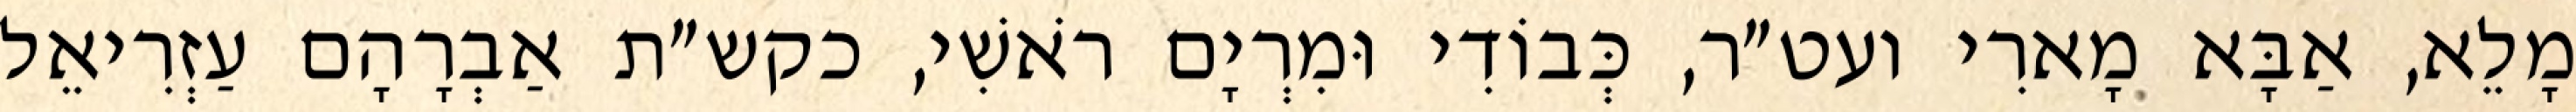
מָלֵא, אַבָּא מָארִי ועט״ר, כְּבוֹדִי וּמִרְיָם רֹאשִׁי, כקש״ת אַבְרָהָם עַזְרִיאֵל